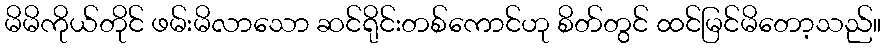
မိမိကိုယ်တိုင် ဖမ်းမိလာသော ဆင်ရိုင်းတစ်ကောင်ဟု စိတ်တွင် ထင်မြင်မိတော့သည်။